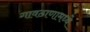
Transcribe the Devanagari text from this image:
गावठाणामध्ये